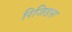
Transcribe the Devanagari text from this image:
रिजिडस